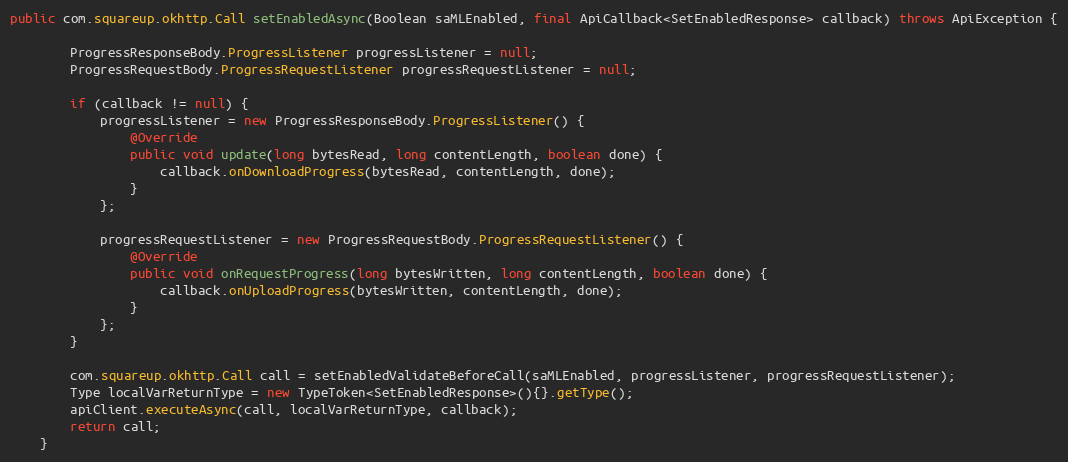
Language: Java
public com.squareup.okhttp.Call setEnabledAsync(Boolean saMLEnabled, final ApiCallback<SetEnabledResponse> callback) throws ApiException {

        ProgressResponseBody.ProgressListener progressListener = null;
        ProgressRequestBody.ProgressRequestListener progressRequestListener = null;

        if (callback != null) {
            progressListener = new ProgressResponseBody.ProgressListener() {
                @Override
                public void update(long bytesRead, long contentLength, boolean done) {
                    callback.onDownloadProgress(bytesRead, contentLength, done);
                }
            };

            progressRequestListener = new ProgressRequestBody.ProgressRequestListener() {
                @Override
                public void onRequestProgress(long bytesWritten, long contentLength, boolean done) {
                    callback.onUploadProgress(bytesWritten, contentLength, done);
                }
            };
        }

        com.squareup.okhttp.Call call = setEnabledValidateBeforeCall(saMLEnabled, progressListener, progressRequestListener);
        Type localVarReturnType = new TypeToken<SetEnabledResponse>(){}.getType();
        apiClient.executeAsync(call, localVarReturnType, callback);
        return call;
    }